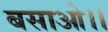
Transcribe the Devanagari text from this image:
बसाओ।।